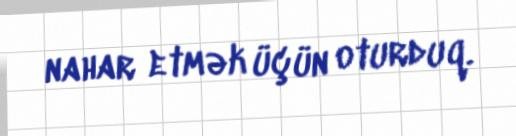
nahar etmək üçün oturduq.